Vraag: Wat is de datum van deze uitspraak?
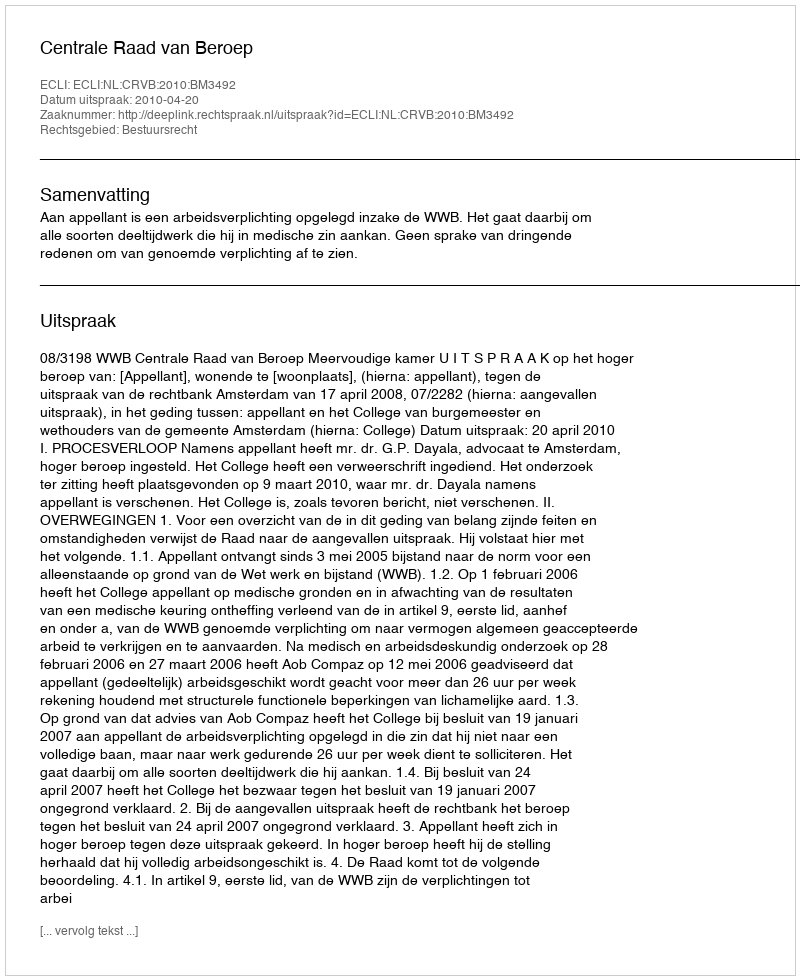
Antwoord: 2010-04-20